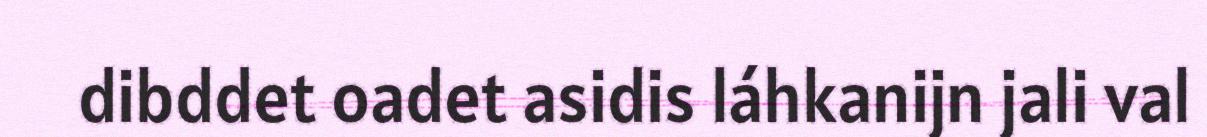
dibddet oadet asidis láhkanijn jali val